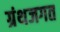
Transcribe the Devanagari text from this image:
ग्रंथजगत